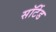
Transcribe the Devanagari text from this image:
सॉर्टेड